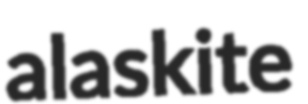
alaskite